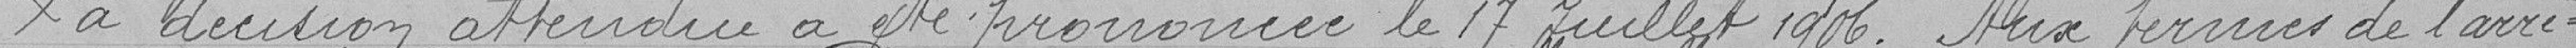
La décision attendue a été prononcée le 17 Juillet 1906. Aux termes de l'arre=